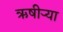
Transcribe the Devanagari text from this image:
ऋषीऱ्या